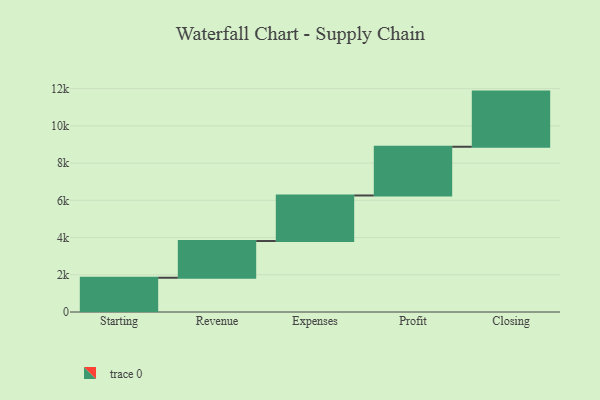
{"axis": {"x": "Step", "y": "Value"}, "legend": [""], "data": [{"x": "Starting", "y": 1840.0, "type": ""}, {"x": "Revenue", "y": 1973.0, "type": ""}, {"x": "Expenses", "y": 2447.0, "type": ""}, {"x": "Profit", "y": 2618.0, "type": ""}, {"x": "Closing", "y": 2963.0, "type": ""}]}